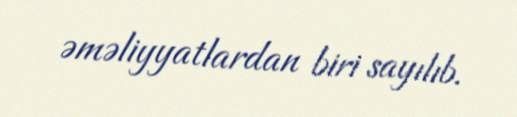
əməliyyatlardan biri sayılıb.